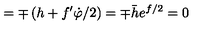
= \mp \left( h + f ^ { \prime } \dot { \varphi } / 2 \right) = \mp \bar { h } e ^ { f / 2 } = 0